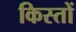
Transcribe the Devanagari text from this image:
किस्‍तों